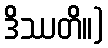
ဒိဿတိ။)